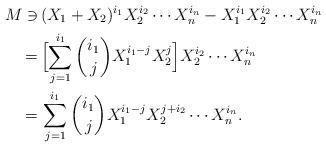
LaTeX: \begin{align*}M\ni\,&(X_1+X_2)^{i_1}X_2^{i_2}\cdots X_n^{i_n}-X_1^{i_1}X_2^{i_2}\cdots X_n^{i_n}\cr=\,&\Bigl[\sum_{j=1}^{i_1}\binom{i_1}jX_1^{i_1-j}X_2^j\Bigr]X_2^{i_2}\cdots X_n^{i_n}\cr=\,&\sum_{j=1}^{i_1}\binom{i_1}jX_1^{i_1-j}X_2^{j+i_2}\cdots X_n^{i_n}.\end{align*}